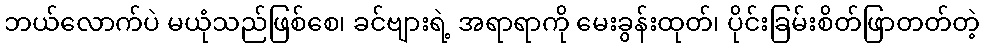
ဘယ်လောက်ပဲ မယုံသည်ဖြစ်စေ၊ ခင်ဗျားရဲ့ အရာရာကို မေးခွန်းထုတ်၊ ပိုင်းခြမ်းစိတ်ဖြာတတ်တဲ့